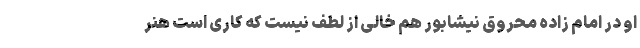
او در امام زاده محروق نیشابور هم خالی از لطف نیست که کاری است هنر